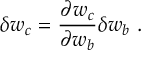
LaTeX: \delta w _ { c } = \frac { \partial w _ { c } } { \partial w _ { b } } \delta w _ { b } \ .